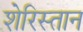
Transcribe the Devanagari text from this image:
शेरिस्तान